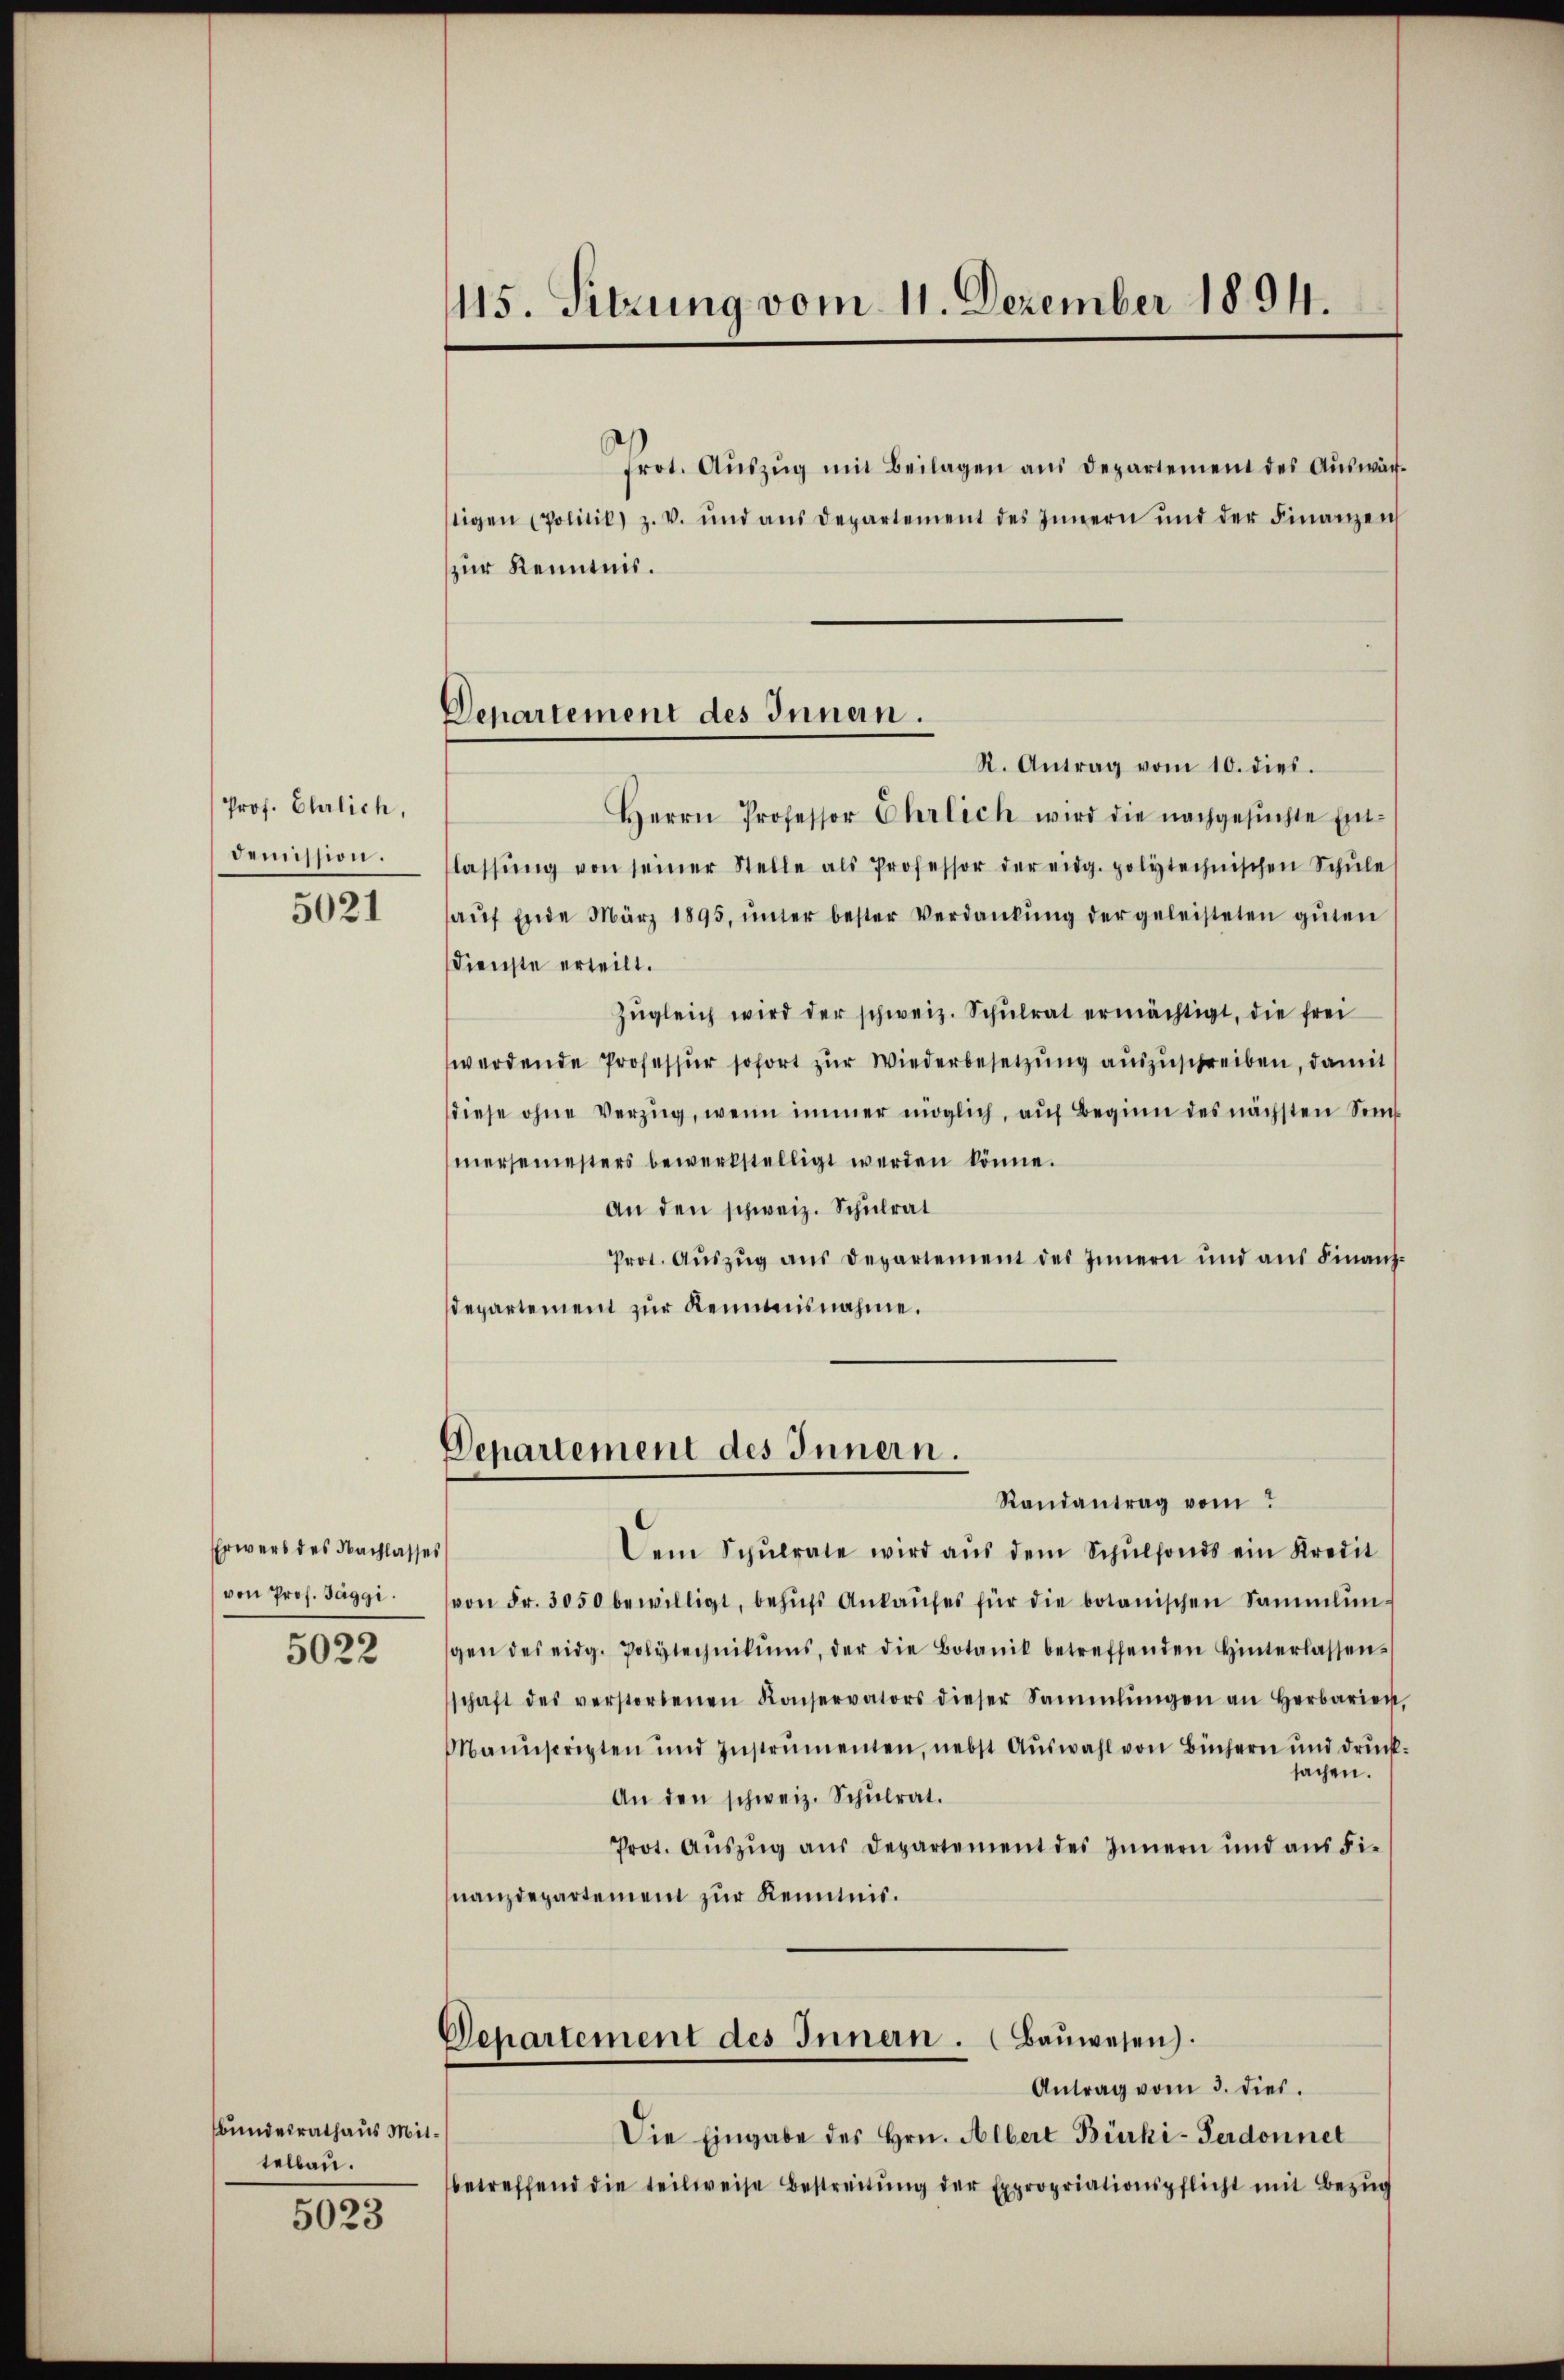
Prof. Ehrlich,
Demission.

5021

Erwerb des Nachlasse
von Prof. Jaggi.

5022

bundesrath aus Mit
telbau.

5023

115. Sitzung vom 11. Dezember 1894.

Departement des Innern.

Departement des Innern.
Randantrag vom

Prot. Aŭszŭg mit Beilagen aus Departement des Aŭswärtigen (Politik) z. v. und aŭs Departement des Innern und der Finanzen
zur Kenntnis.
R. Antrag vom 10. dies.
Herrn Professor Ehrlich wird die nachgesŭchte Ein-
lassŭng von seiner Stelle als Professor der eidg. polytechnischen Schŭle
aŭf Ende März 1895, ŭnter bester Verdankŭng der geleisteten gŭten
Dienste erteilt.
Zŭgleich wird der schweiz. Schŭlrat ermächtigt, die frei
werdende Professur sofort zur Wiederbesetzung auszuschreiben, damit
diese ohne Verzug, wenn immer möglich, aŭf Beginn des nächsten Sem
mersemesters bewerkstelligt werden könne.
An den schweiz. Schulrat
Prot. Aŭszŭg aŭs Departement des Innern und aŭs Finanz-
departement zŭr Kenntnisnahme.

Dem Schŭlrate wird aŭs dem Schŭlfonds ein Kredit
von Fr. 3050 bewilligt, behŭfs Ankaŭfes für die botanischen Sammlun
gen des eidg. Polytechnikums, der die Botanik betreffenden Hinterlassen-
schaft des verstorbenen Konservators dieser Sammlungen an Herbarient
Manuscripten und Instrumenten, nebst Aŭswahl von Büchern und drŭck
sachen.
An den schweiz. Schŭlrat.
Prot. Aŭszŭg aŭs Departement des Innern und aŭs Fi-
nanzdepartement zur Kenntnis.
Departement des Innern. Baŭwesen).
Antrag vom 3. dies.
Die Eingabe des Hrn. Albert Bürki-Perdonnet
betreffend die teilweise bestreitŭng der Expropriationspflicht mit Bezug